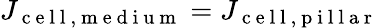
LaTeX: J_{\mathrm{~c~e~l~l~,~m~e~d~i~u~m~}}=J_{\mathrm{~c~e~l~l~,~p~i~l~l~a~r~}}